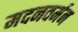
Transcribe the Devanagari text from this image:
मदनवर्मन